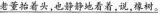
\underline{老董抬着头,也静都地看着,说,橡树。}